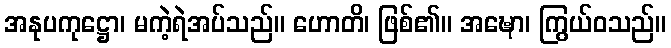
အနုပကုဋ္ဌော၊ မကဲ့ရဲအပ်သည်။ ဟောတိ၊ ဖြစ်၏။ အဍ္ဎော၊ ကြွယ်ဝသည်။